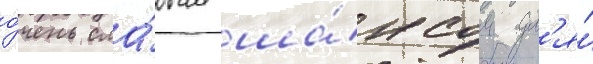
о́чень сла́бым ша́нсом дл'я́